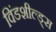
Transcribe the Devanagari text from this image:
विंडशील्ड्स